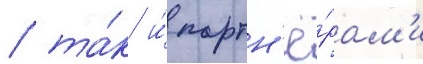
/ та́к и́ партн'ё́рам'и